Indian journal of veterinary science and animal husbandry - Volume 4,
Year: 1934
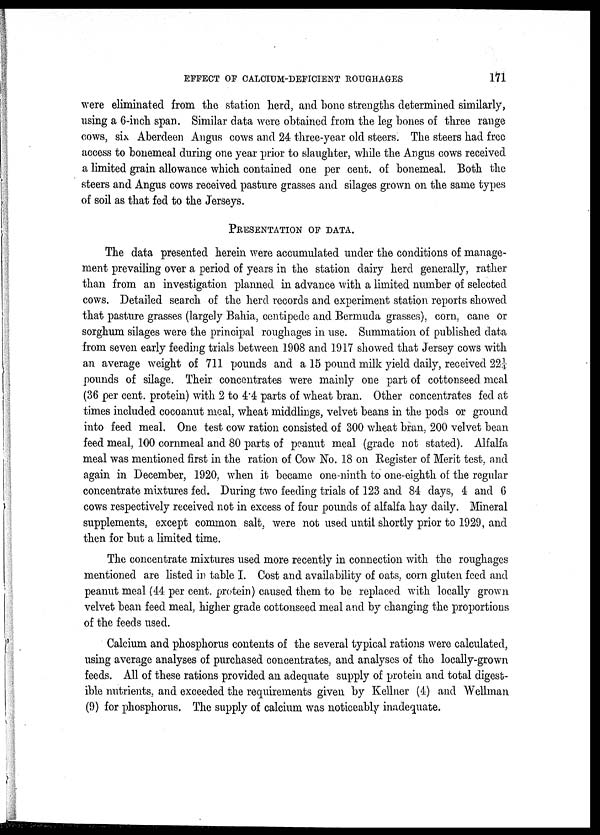
EFFECT OF CALCIUM-DEFICIENT ROUGHAGES
171
were eliminated from the station herd, and bone strengths determined similarly,
using a 6-inch span. Similar data were obtained from the leg bones of three range
cows, six Aberdeen Angus cows and 24 three-year old steers. The steers had free
access to bonemeal during one year prior to slaughter, while the Angus cows received
a limited grain allowance which contained one per cent. of bonemeal. Both the
steers and Angus cows received pasture grasses and silages grown on the same types
of soil as that fed to the Jerseys.
PRESENTATION OF DATA.
The data presented herein were accumulated under the conditions of manage-
ment prevailing over a period of years in the station dairy herd generally, rather
than from an investigation planned in advance with a limited number of selected
cows. Detailed search of the herd records and experiment station reports showed
that pasture grasses (largely Bahia, centipede and Bermuda grasses), corn, cane or
sorghum silages were the principal roughages in use. Summation of published data
from seven early feeding trials between 1908 and 1917 showed that Jersey cows with
an average weight of 711 pounds and a 15 pound milk yield daily, received 22¼
pounds of silage. Their concentrates were mainly one part of cottonseed meal
(36 per cent. protein) with 2 to 4.4 parts of wheat bran. Other concentrates fed at
times included cocoanut meal, wheat middlings, velvet beans in the pods or ground
into feed meal. One test cow ration consisted of 300 wheat bran, 200 velvet bean
feed meal, 100 cornmeal and 80 parts of peanut meal (grade not stated). Alfalfa
meal was mentioned first in the ration of Cow No. 18 on Register of Merit test, and
again in December, 1920, when it became one-ninth to one-eighth of the regular
concentrate mixtures fed. During two feeding trials of 123 and 84 days, 4 and 6
cows respectively received not in excess of four pounds of alfalfa hay daily. Mineral
supplements, except common salt, were not used until shortly prior to 1929, and
then for but a limited time.
The concentrate mixtures used more recently in connection with the roughages
mentioned are listed in table I. Cost and availability of oats, corn gluten feed and
peanut meal (44 per cent. protein) caused them to be replaced with locally grown
velvet bean feed meal, higher grade cottonseed meal and by changing the proportions
of the feeds used.
Calcium and phosphorus contents of the several typical rations were calculated,
using average analyses of purchased concentrates, and analyses of the locally-grown
feeds. All of these rations provided an adequate supply of protein and total digest-
ible nutrients, and exceeded the requirements given by Kellner (4) and Wellman
(9) for phosphorus. The supply of calcium was noticeably inadequate.